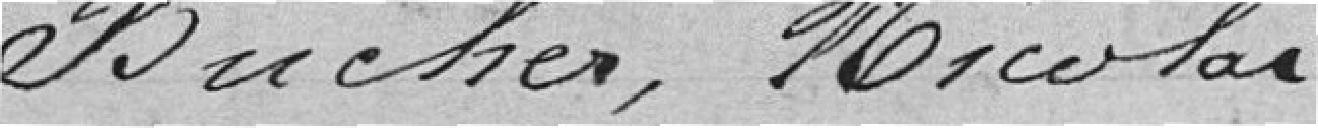
Bucher, Nicolas